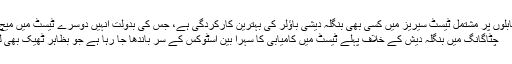
یہ دو مقابلوں پر مشتمل ٹیسٹ سیریز میں کسی بھی بنگلہ دیشی باؤلر کی بہترین کارکردگی ہے، جس کی بدولت انہیں دوسرے ٹیسٹ میں میچ کے…
چٹاگانگ میں بنگلہ دیش کے خلاف پہلے ٹیسٹ میں کامیابی کا سہرا بین اسٹوکس کے سر باندھا جا رہا ہے جو بظاہر ٹھیک بھی لگتا ہے۔